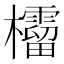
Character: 𣠚